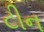
ટીન